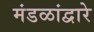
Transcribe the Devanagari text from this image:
मंडळांद्वारे